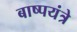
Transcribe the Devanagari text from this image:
बाष्पयंत्रे